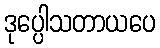
ဒုပ္ပေါသတာယပေ